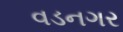
વડનગર